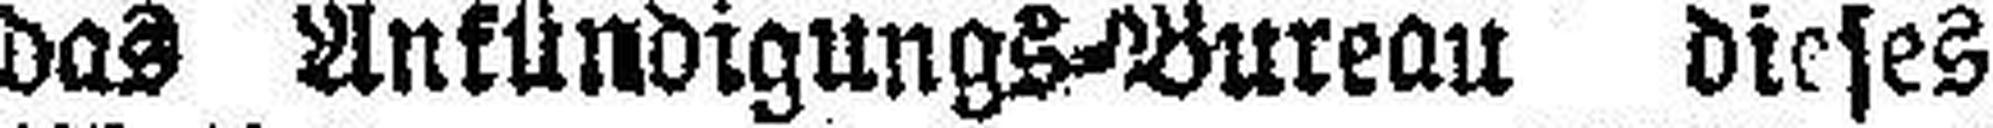
das Ankündigungs-Bureau dieses